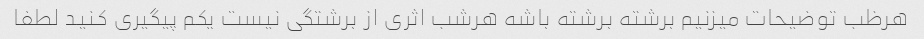
هرظب توضیحات میزنیم برشته برشته باشه هرشب اثری از برشتگی نیست یکم پیگیری کنید لطفا